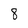
Character: 8